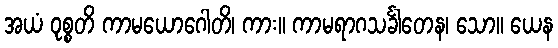
အယံ ဝုစ္စတိ ကာမယောဂေါတိ၊ ကား။ ကာမရာဂသင်္ခါတေန၊ သော။ ယေန